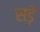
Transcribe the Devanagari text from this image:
सड़ें